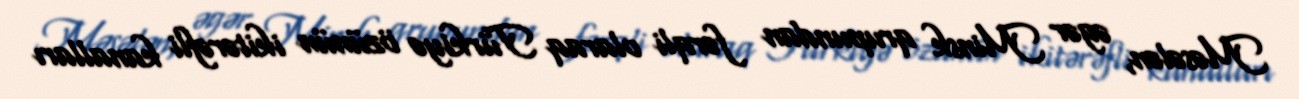
Məsələn, əgər Minsk qrupundan fərqli olaraq Türkiyə özünün ikitərəfli kanalları